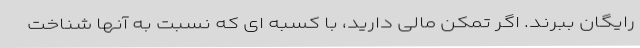
رایگان ببرند. اگر تمکن مالی دارید، با کسبه ای که نسبت به آنها شناخت